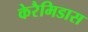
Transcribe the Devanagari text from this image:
केरैमिडास